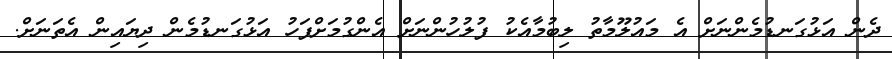
ދެން އަޅުގަނޑުމެންނަށް އެ މައުލޫމާތު ލިބުމާއެކު ފުލުހުންނަށް އެންގުމަށްފަހު އަޅުގަނޑުމެން ދިޔައިން އެތަނަށް.